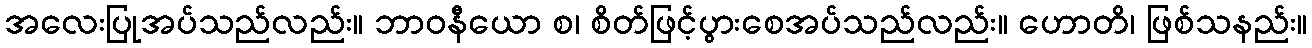
အလေးပြုအပ်သည်လည်း။ ဘာဝနီယော စ၊ စိတ်ဖြင့်ပွားစေအပ်သည်လည်း။ ဟောတိ၊ ဖြစ်သနည်း။